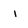
Character: i